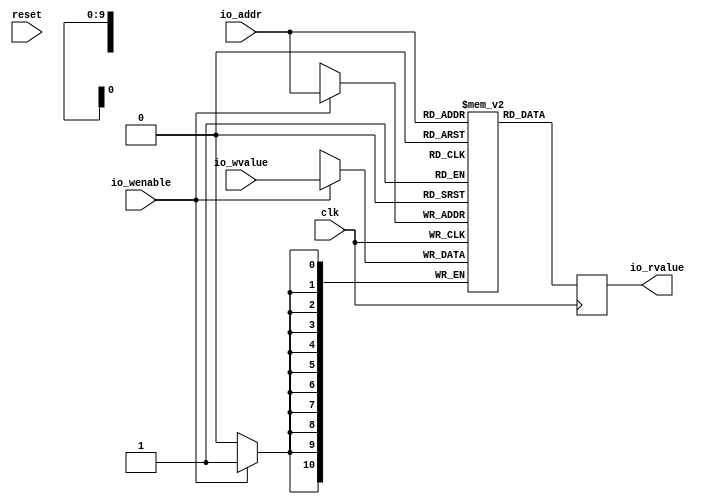
// This program was cloned from: https://github.com/openXC7/demo-projects
// License: BSD 3-Clause "New" or "Revised" License

// Generator : SpinalHDL v1.4.0    git head : ecb5a80b713566f417ea3ea061f9969e73770a7f
// Component : TestMemIVerilog



module TestMemIVerilog (
  input      [9:0]    io_addr,
  input      [10:0]    io_wvalue,
  input               io_wenable,
  output     [10:0]    io_rvalue,
  input               clk,
  input               reset 
);
  reg        [10:0]    _zz_2_;
  wire                _zz_3_;
  wire       [10:0]    _zz_1_;
  reg [10:0] mem [0:1023] /* verilator public */;

  assign _zz_3_ = 1'b1;
  always @ (posedge clk) begin
    if(_zz_3_) begin
      _zz_2_ <= mem[io_addr];
    end
  end

  always @ (posedge clk) begin
    if(_zz_3_ && io_wenable ) begin
      mem[io_addr] <= _zz_1_;
    end
  end

  assign _zz_1_ = io_wvalue;
  assign io_rvalue = _zz_2_;

endmodule